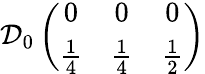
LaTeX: \mathcal{D}_{0}\left(\begin{array}{ccc}{{0}}&{{0}}&{{0}}\\ {{\frac{1}{4}}}&{{\frac{1}{4}}}&{{\frac{1}{2}}}\end{array}\right)